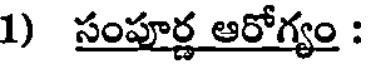
1) సంపూర్ణ ఆరోగ్యం :